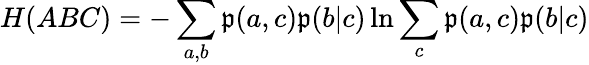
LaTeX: H(ABC)=-\sum_{a,b}\mathfrak{p}(a,c)\mathfrak{p}(b|c)\ln\sum_{c}\mathfrak{p}(a,c)\mathfrak{p}(b|c)